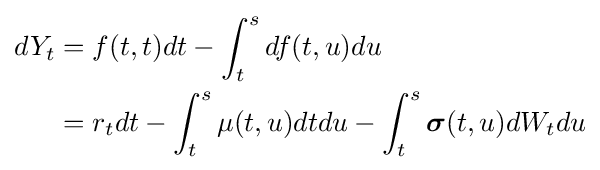
{\begin{aligned}dY_{t}&=f(t,t)dt-\int _{t}^{s}df(t,u)du\\&=r_{t}dt-\int _{t}^{s}\mu (t,u)dtdu-\int _{t}^{s}{\boldsymbol {\sigma }}(t,u)dW_{t}du\end{aligned}}